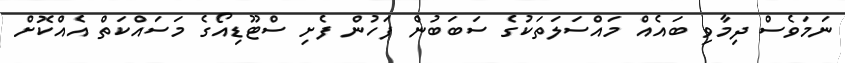
ނަމަވެސް ދިމާވި ބައެއް މައްސަލަތަކުގެ ސަބަބުން ފަހުން ފެށި ސްޓޫޑިއޯގެ މަސައްކަތް އެއްކޮށް